Scottish Leaving Certificate Examination, 1959
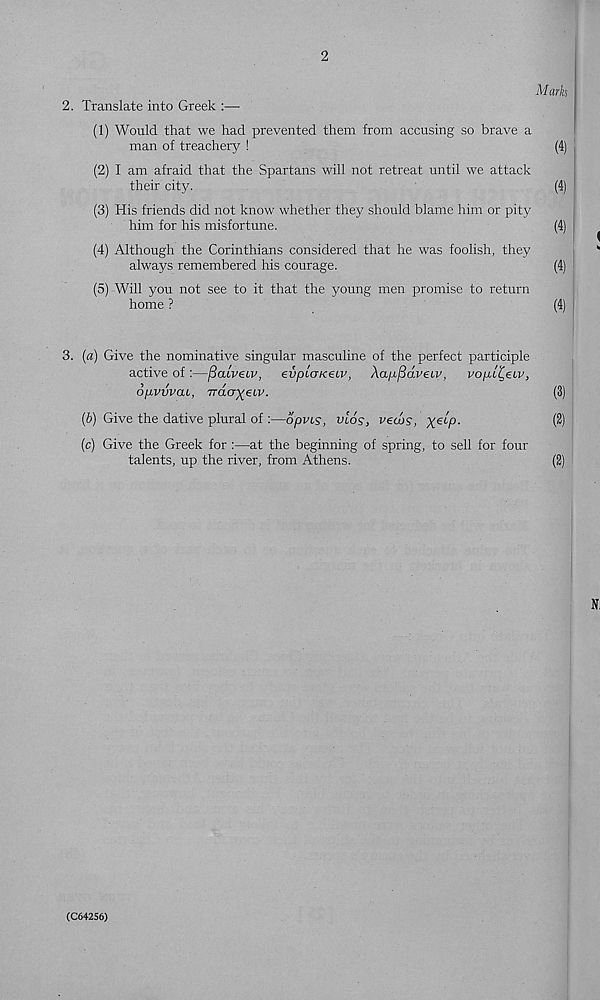
2
Marks
2. Translate into Greek :—
(1) Would that we had prevented them from accusing so brave a
man of treachery !
(4)
(2) I am afraid that the Spartans will not retreat until we attack
their city.
(4)
(3) His friends did not know whether they should blame him or pity
him for his misfortune.
(4)
(4) Although the Corinthians considered that he was foolish, they
always remembered his courage.
(4)
(5) Will you not see to it that the young men promise to return
home ?
(4)
3. (a) Give the nominative singular masculine of the perfect participle
active of:—/3a<W(.v, evploKeiv, Xapfidveiv, vopt^eiv,
ofxvvvcu, Trdcrx eiv -
(3)
(b) Give the dative plural of :—dpvcs, vlos, veojs, X e^P -
$)
(c) Give the Greek for :—at the beginning of spring, to sell for four
talents, up the river, from Athens.
(2)
(C64256)